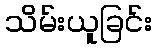
သိမ်းယူခြင်း